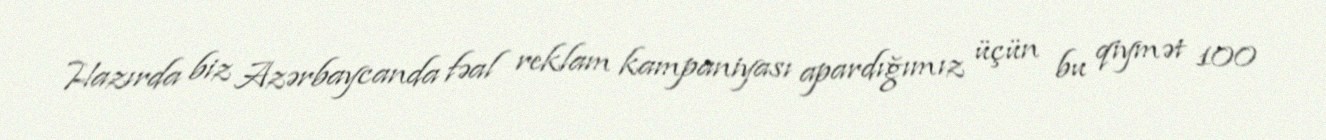
Hazırda biz Azərbaycanda fəal reklam kampaniyası apardığımız üçün bu qiymət 100